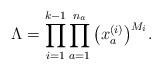
LaTeX: \begin{gather*}\Lambda= \prod_{i=1}^{k-1} \prod_{a=1}^{n_a} \big(x^{(i)}_a \big)^{M_i}.\end{gather*}